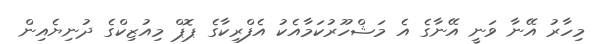
މިހާރު އޭނާ ވަނީ އޭނާގެ އެ މަޝްހޫރުކަމާއެކު އެފްރިކާގެ ޕޮޕް މިއުޒިކްގެ ދުނިޔެއިން